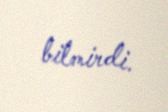
bilmirdi.